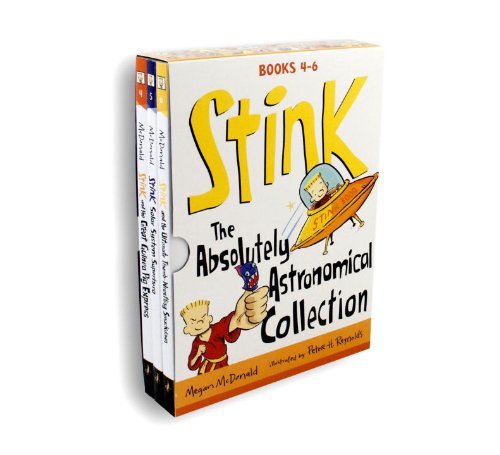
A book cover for Stink: The Absolutely Astronomical Collection: Books 4-6; Megan McDonald; Children's Books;